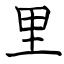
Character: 里